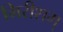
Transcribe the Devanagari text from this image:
गिरीशम्